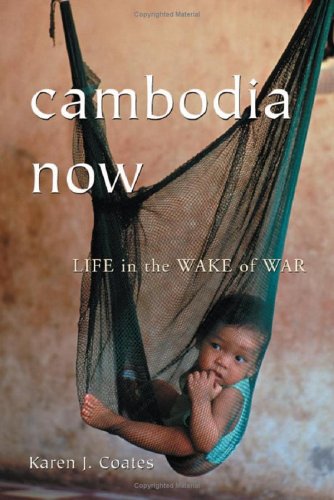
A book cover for Cambodia Now: Life In the Wake of War; Karen J. Coates; Travel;